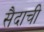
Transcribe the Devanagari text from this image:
सैदाची